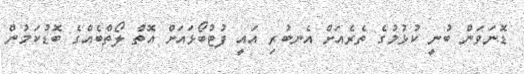
ޑޮނަވަން ބުނީ ކުޅުމުގެ ތެރެއަށް އެނބުރި އައީ ފުޓުބޯޅައަށް އޮތް ލޯތްބެއްގެ ބޮޑުކަމުން